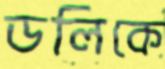
ডলিকে